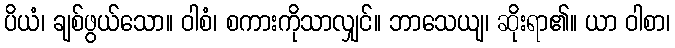
ပိယံ၊ ချစ်ဖွယ်သော။ ဝါစံ၊ စကားကိုသာလျှင်။ ဘာသေယျ၊ ဆိုးရာ၏။ ယာ ဝါစာ၊